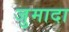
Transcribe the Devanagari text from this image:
जुमादा